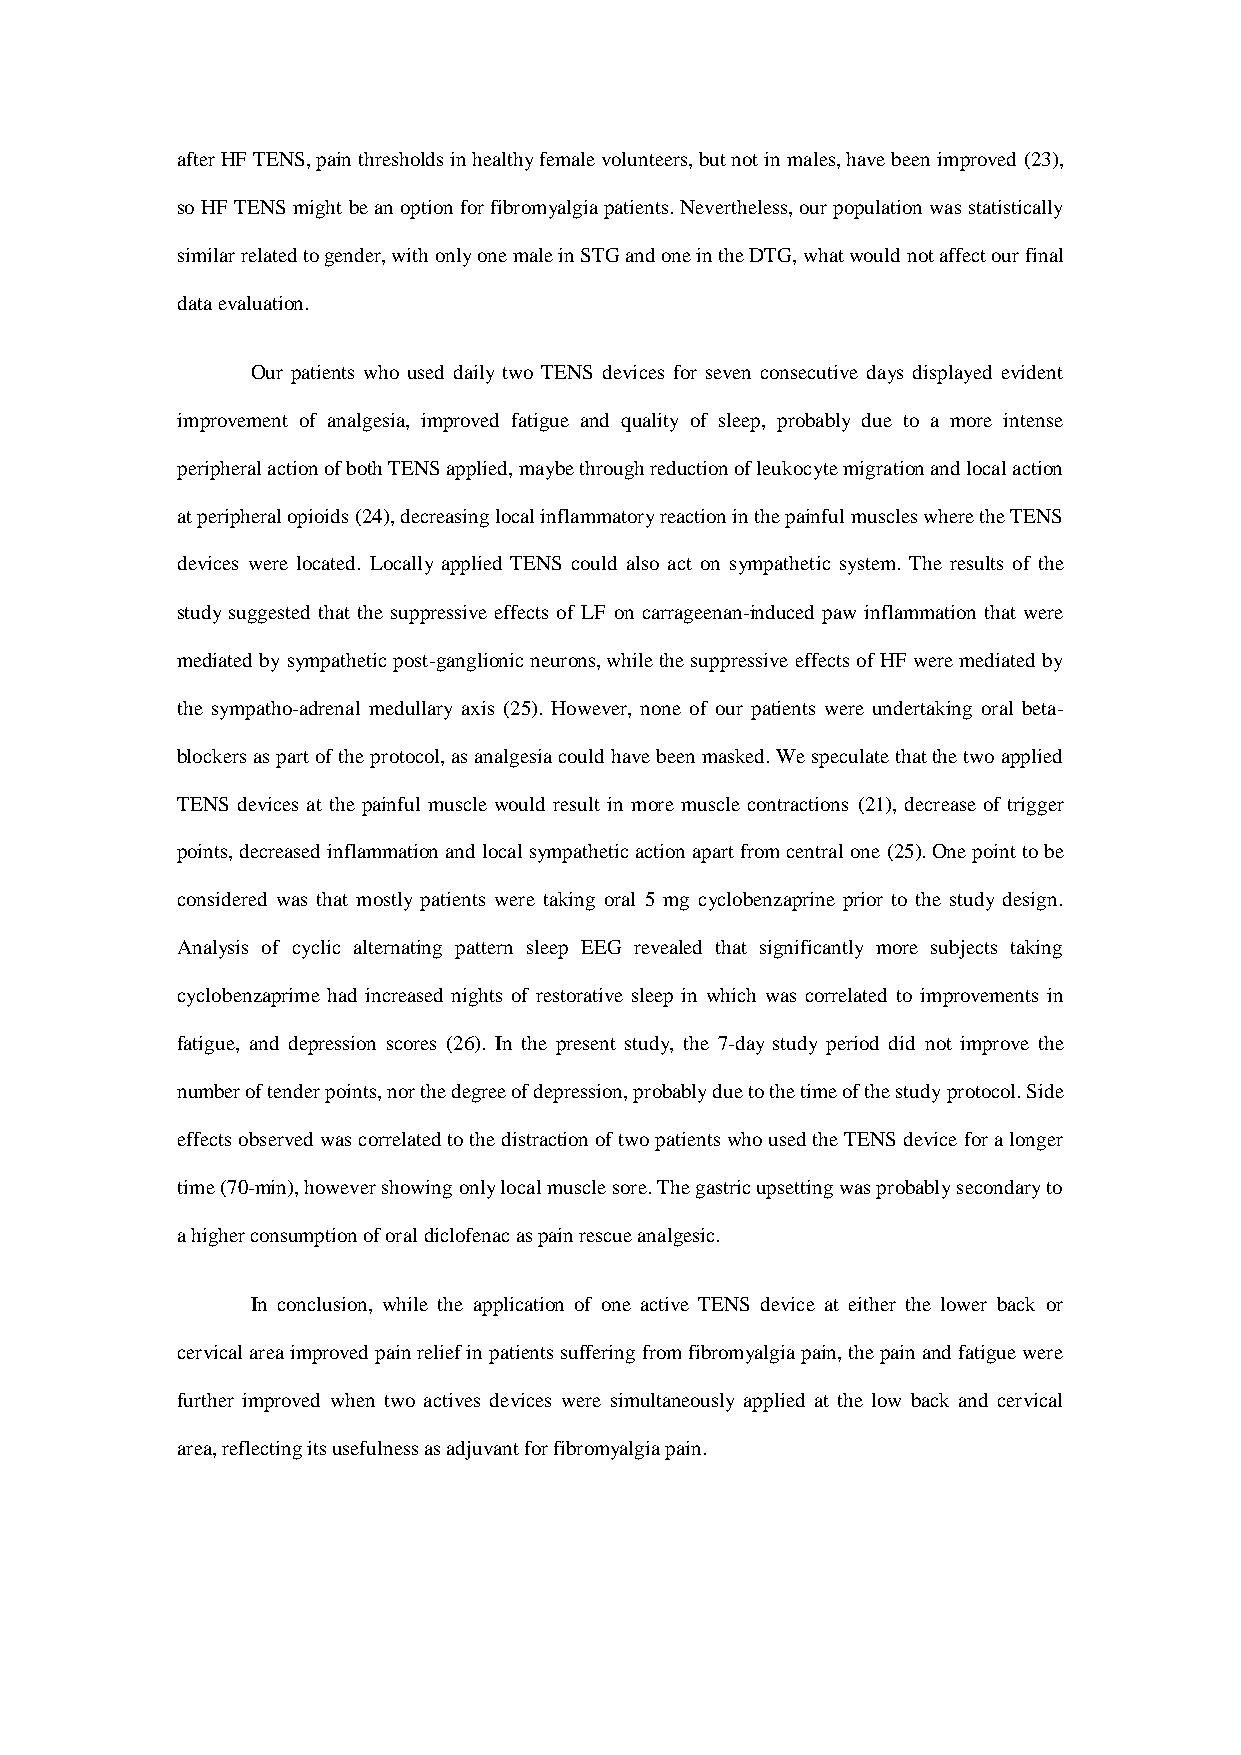
after HF TENS, pain thresholds in healthy female volunteers, but not in males, have been improved (23),
 so HF TENS might be an option for fibromyalgia patients. Nevertheless, our population was statistically
 similar related to gender, with only one male in STG and one in the DTG, what would not affect our final
 data evaluation.
 Our patients who used daily two TENS devices for seven consecutive days displayed evident
 improvement of analgesia, improved fatigue and quality of sleep, probably due to a more intense
 peripheral action of both TENS applied, maybe through reduction of leukocyte migration and local action
 at peripheral opioids (24), decreasing local inflammatory reaction in the painful muscles where the TENS
 devices were located. Locally applied TENS could also act on sympathetic system. The results of the
 study suggested that the suppressive effects of LF on carrageenan-induced paw inflammation that were
 mediated by sympathetic post-ganglionic neurons, while the suppressive effects of HF were mediated by
 the sympatho-adrenal medullary axis (25). However, none of our patients were undertaking oral beta-
 blockers as part of the protocol, as analgesia could have been masked. We speculate that the two applied
 TENS devices at the painful muscle would result in more muscle contractions (21), decrease of trigger
 points, decreased inflammation and local sympathetic action apart from central one (25). One point to be
 considered was that mostly patients were taking oral 5 mg cyclobenzaprine prior to the study design.
 Analysis of cyclic alternating pattern sleep EEG revealed that significantly more subjects taking
 cyclobenzaprime had increased nights of restorative sleep in which was correlated to improvements in
 fatigue, and depression scores (26). In the present study, the 7-day study period did not improve the
 number of tender points, nor the degree of depression, probably due to the time of the study protocol. Side
 effects observed was correlated to the distraction of two patients who used the TENS device for a longer
 time (70-min), however showing only local muscle sore. The gastric upsetting was probably secondary to
 a higher consumption of oral diclofenac as pain rescue analgesic.
 In conclusion, while the application of one active TENS device at either the lower back or
 cervical area improved pain relief in patients suffering from fibromyalgia pain, the pain and fatigue were
 further improved when two actives devices were simultaneously applied at the low back and cervical
 area, reflecting its usefulness as adjuvant for fibromyalgia pain.